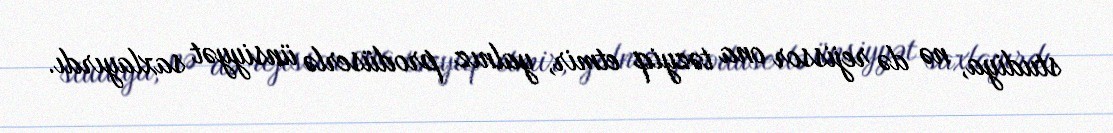
studiya, nə də rejissor ona təzyiq etmir, yalnız prodüserlə ünsiyyət saxlayırdı.